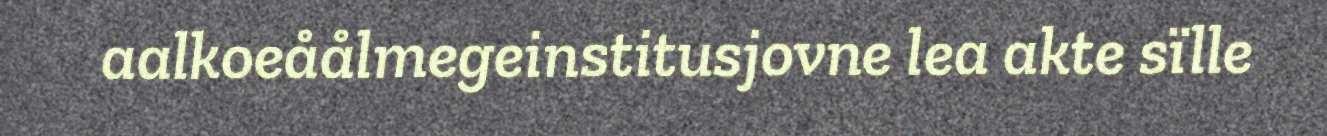
aalkoeåålmegeinstitusjovne lea akte sïlle